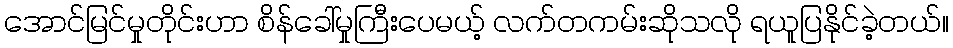
အောင်မြင်မှုတိုင်းဟာ စိန်ခေါ်မှုကြီးပေမယ့် လက်တကမ်းဆိုသလို ရယူပြနိုင်ခဲ့တယ်။